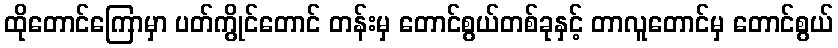
ထိုတောင်ကြောမှာ ပတ်ကွိုင်တောင် တန်းမှ တောင်စွယ်တစ်ခုနှင့် တာလူတောင်မှ တောင်စွယ်